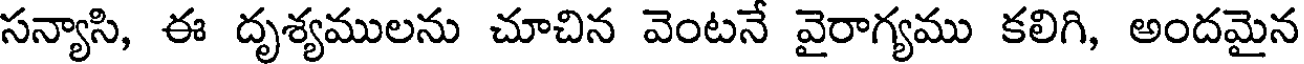
సన్యాసి, ఈ దృశ్యములను చూచిన వెంటనే వైరాగ్యము కలిగి, అందమైన